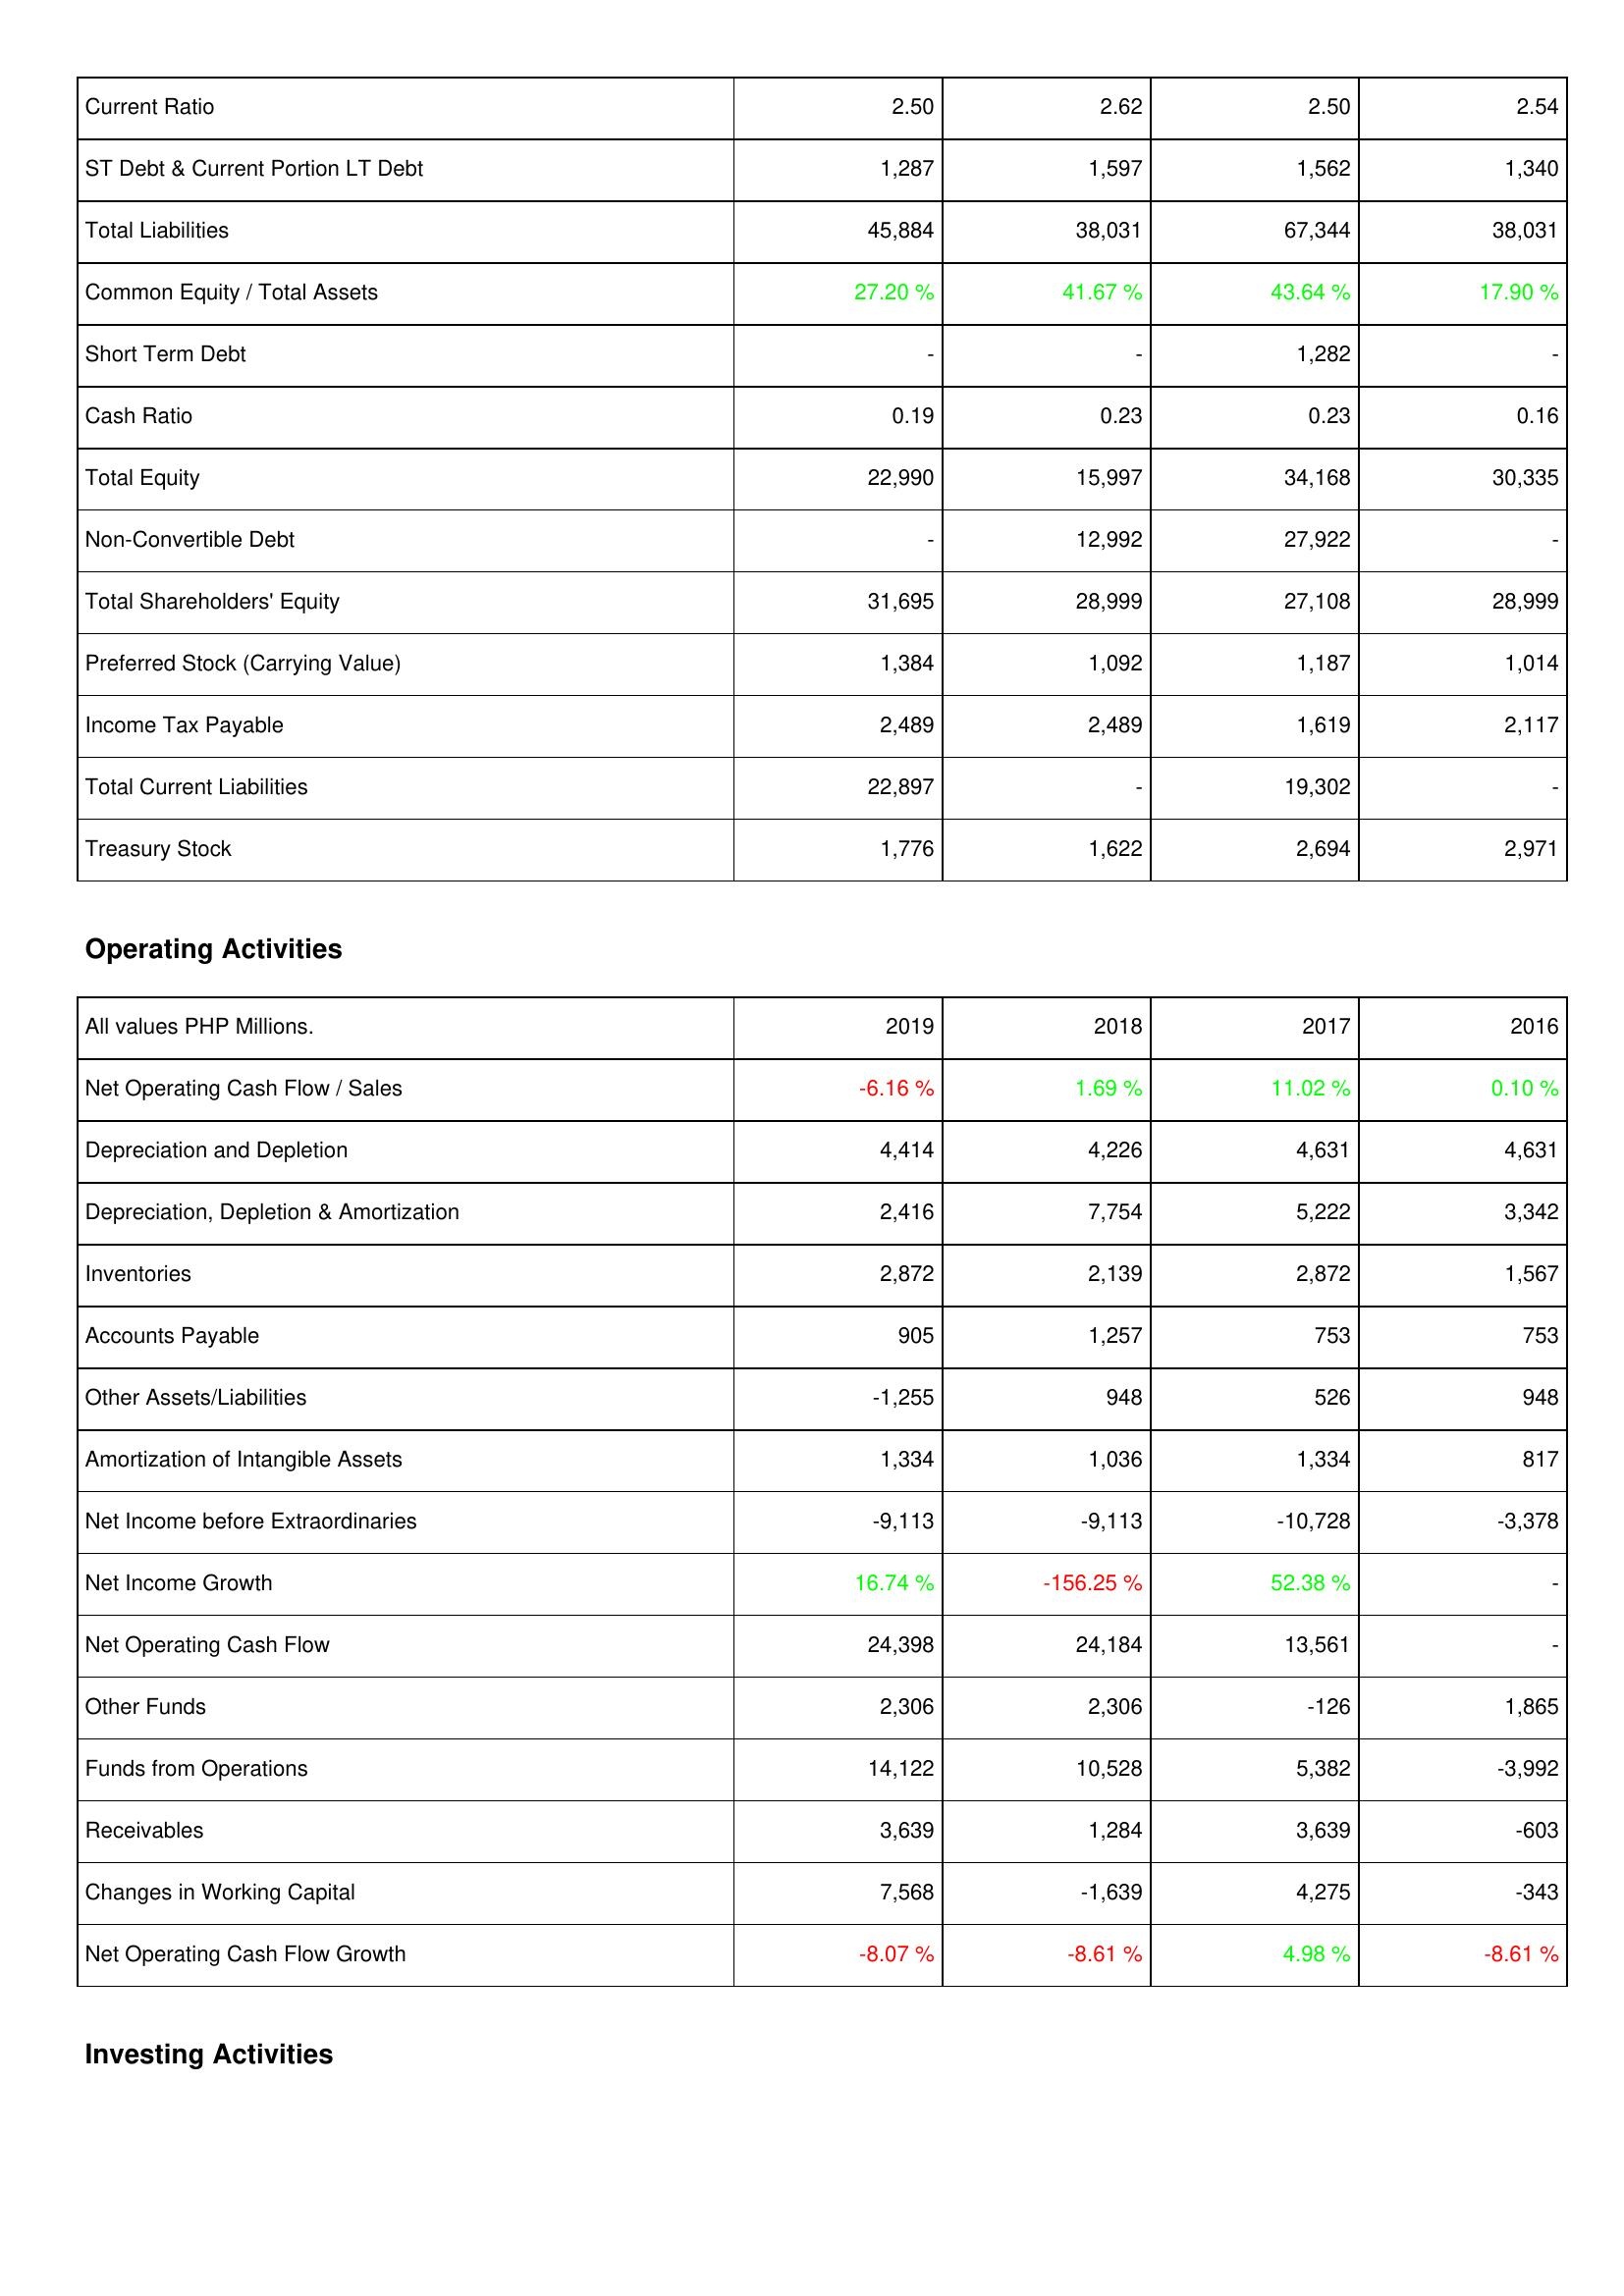
2019: Liabilities & Shareholders' Equity: Current Ratio: 2.50
ST Debt & Current Portion LT Debt: 1,287
Total Liabilities: 45,884
Common Equity / Total Assets: 27.20 %
Short Term Debt: -
Cash Ratio: 0.19
Total Equity: 22,990
Non-Convertible Debt: -
Total Shareholders' Equity: 31,695
Preferred Stock (Carrying Value): 1,384
Income Tax Payable: 2,489
Total Current Liabilities: 22,897
Treasury Stock: 1,776
Operating Activities: Net Operating Cash Flow / Sales: -6.16 %
Depreciation and Depletion: 4,414
Depreciation, Depletion & Amortization: 2,416
Inventories: 2,872
Accounts Payable: 905
Other Assets/Liabilities: -1,255
Amortization of Intangible Assets: 1,334
Net Income before Extraordinaries: -9,113
Net Income Growth: 16.74 %
Net Operating Cash Flow: 24,398
Other Funds: 2,306
Funds from Operations: 14,122
Receivables: 3,639
Changes in Working Capital: 7,568
Net Operating Cash Flow Growth: -8.07 %
2018: Liabilities & Shareholders' Equity: Current Ratio: 2.62
ST Debt & Current Portion LT Debt: 1,597
Total Liabilities: 38,031
Common Equity / Total Assets: 41.67 %
Short Term Debt: -
Cash Ratio: 0.23
Total Equity: 15,997
Non-Convertible Debt: 12,992
Total Shareholders' Equity: 28,999
Preferred Stock (Carrying Value): 1,092
Income Tax Payable: 2,489
Total Current Liabilities: -
Treasury Stock: 1,622
Operating Activities: Net Operating Cash Flow / Sales: 1.69 %
Depreciation and Depletion: 4,226
Depreciation, Depletion & Amortization: 7,754
Inventories: 2,139
Accounts Payable: 1,257
Other Assets/Liabilities: 948
Amortization of Intangible Assets: 1,036
Net Income before Extraordinaries: -9,113
Net Income Growth: -156.25 %
Net Operating Cash Flow: 24,184
Other Funds: 2,306
Funds from Operations: 10,528
Receivables: 1,284
Changes in Working Capital: -1,639
Net Operating Cash Flow Growth: -8.61 %
2017: Liabilities & Shareholders' Equity: Current Ratio: 2.50
ST Debt & Current Portion LT Debt: 1,562
Total Liabilities: 67,344
Common Equity / Total Assets: 43.64 %
Short Term Debt: 1,282
Cash Ratio: 0.23
Total Equity: 34,168
Non-Convertible Debt: 27,922
Total Shareholders' Equity: 27,108
Preferred Stock (Carrying Value): 1,187
Income Tax Payable: 1,619
Total Current Liabilities: 19,302
Treasury Stock: 2,694
Operating Activities: Net Operating Cash Flow / Sales: 11.02 %
Depreciation and Depletion: 4,631
Depreciation, Depletion & Amortization: 5,222
Inventories: 2,872
Accounts Payable: 753
Other Assets/Liabilities: 526
Amortization of Intangible Assets: 1,334
Net Income before Extraordinaries: -10,728
Net Income Growth: 52.38 %
Net Operating Cash Flow: 13,561
Other Funds: -126
Funds from Operations: 5,382
Receivables: 3,639
Changes in Working Capital: 4,275
Net Operating Cash Flow Growth: 4.98 %
2016: Liabilities & Shareholders' Equity: Current Ratio: 2.54
ST Debt & Current Portion LT Debt: 1,340
Total Liabilities: 38,031
Common Equity / Total Assets: 17.90 %
Short Term Debt: -
Cash Ratio: 0.16
Total Equity: 30,335
Non-Convertible Debt: -
Total Shareholders' Equity: 28,999
Preferred Stock (Carrying Value): 1,014
Income Tax Payable: 2,117
Total Current Liabilities: -
Treasury Stock: 2,971
Operating Activities: Net Operating Cash Flow / Sales: 0.10 %
Depreciation and Depletion: 4,631
Depreciation, Depletion & Amortization: 3,342
Inventories: 1,567
Accounts Payable: 753
Other Assets/Liabilities: 948
Amortization of Intangible Assets: 817
Net Income before Extraordinaries: -3,378
Net Income Growth: -
Net Operating Cash Flow: -
Other Funds: 1,865
Funds from Operations: -3,992
Receivables: -603
Changes in Working Capital: -343
Net Operating Cash Flow Growth: -8.61 %